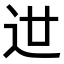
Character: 𨑬